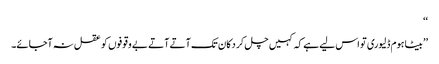
‘‘
’’بیٹا ہوم ڈلیوری تو اس لیے ہے کہ کہیں چل کر دکان تک آتے آتے بے وقوفوں کو عقل نہ آجائے۔